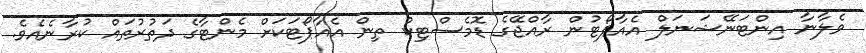
ވެލާނާ އިންޓަނޭޝަނަލް އެއާޕޯޓުން ރާއްޖޭގެ ޑޮމެސްޓިކް ތިން އެއާޕޯޓަކަށް މެންޓާގެ ދަތުރުތައް ކުރާނެއެވެ.